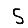
Digit: 5